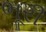
ભૂરી